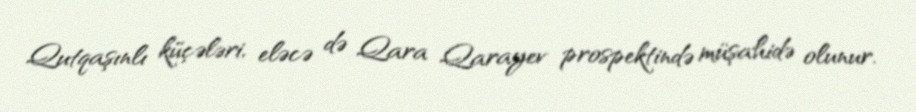
Qutqaşınlı küçələri, eləcə də Qara Qarayev prospektində müşahidə olunur.